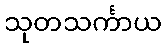
သုတသင်္ကာယ